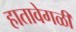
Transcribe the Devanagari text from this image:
हातावेगळी